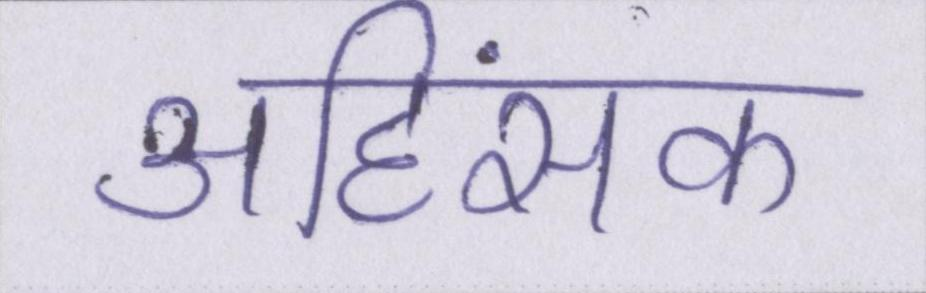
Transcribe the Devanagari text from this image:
अहिंसक